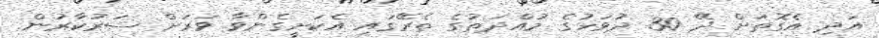
އަދި އެގޮތަށް ދޭ 30 ދުވަހުގެ މުއްދަތުގެ ތެރޭގައި އެކަށީގެންވާ ވަރަށް ސަރުކާރުން